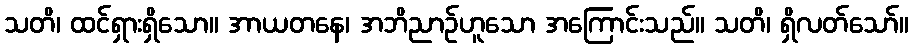
သတိ၊ ထင်ရှားရှိသော။ အာယတနေ၊ အဘိညာဉ်ဟူသော အကြောင်းသည်။ သတိ၊ ရှိလတ်သော်။